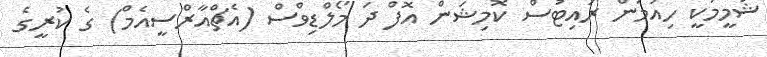
ޝަމީމަކީ ހިއުމަން ރައިޓުސް ކޮމިޝަން އޮފް ދަ މޯލްޑިވްސް (އެޗްއާރްސީއެމް) ގެ ކުރީގެ